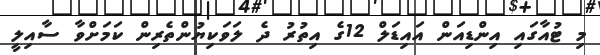
މި ޓުއާގައި އިންޑިއަން އައިޑަލް 12ގެ އިތުރު ދެ ލަވަކިޔުންތެރިން ކަމަށްވާ ސާއިލީ